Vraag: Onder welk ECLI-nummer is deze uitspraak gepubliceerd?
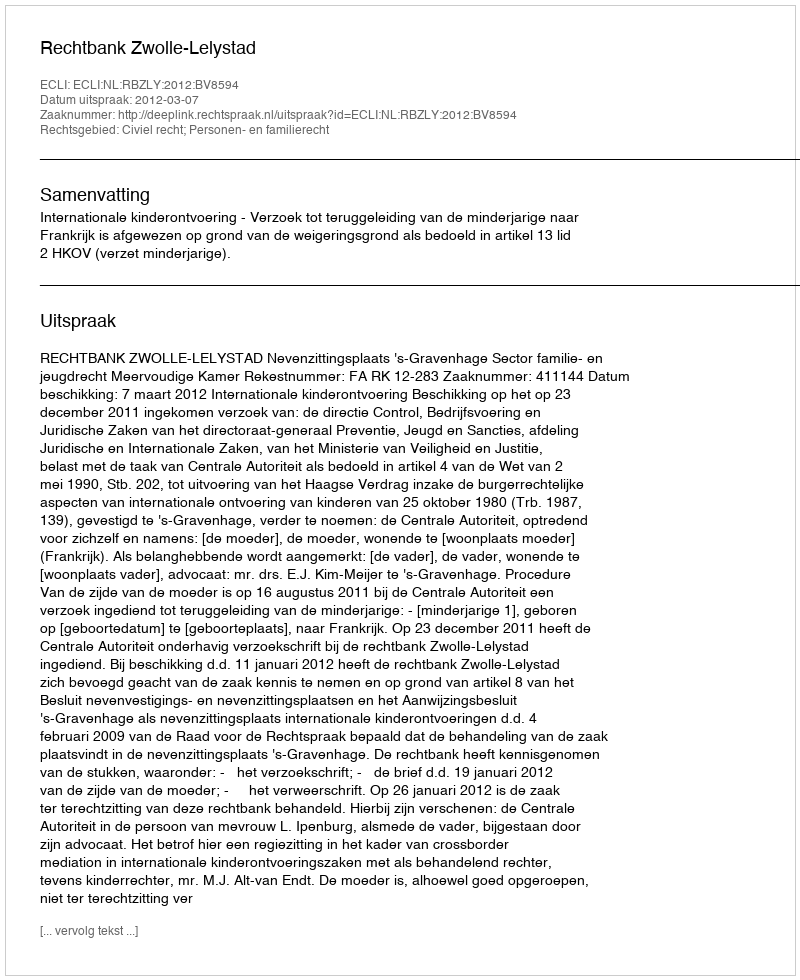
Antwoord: ECLI:NL:RBZLY:2012:BV8594